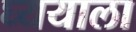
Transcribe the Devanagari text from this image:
घ्ययाला